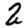
Digit: 2